King Institute of Preventive Medicine Micro-Biological Section reports 1912-19
Year: 1912
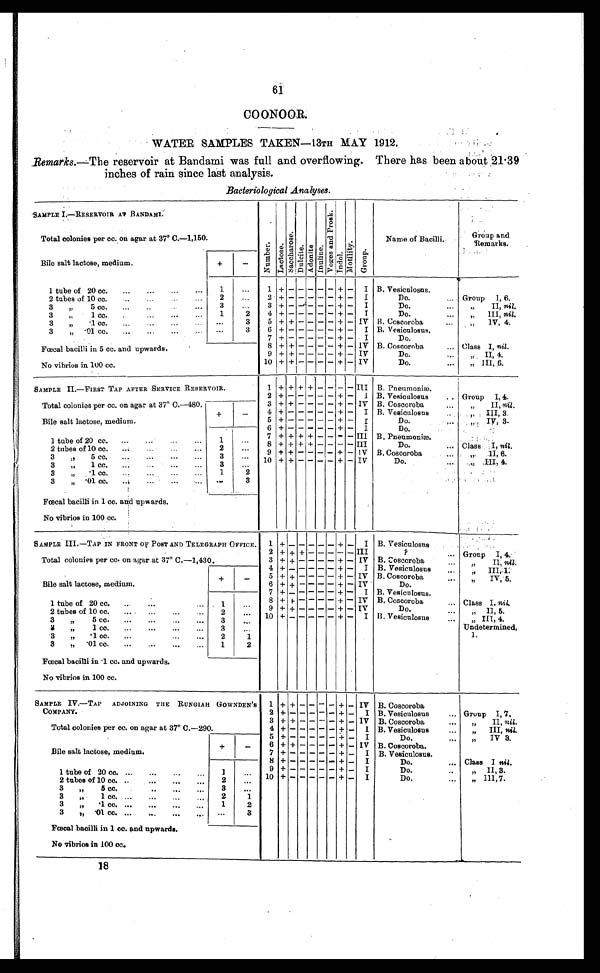
61
COONOOR.
WATER SAMPLES TAKEN—13TH MAY 1912.
Remarks.—The reservoir at Bandami was full and overflowing. There has been about 21.39
inches of rain since last analysis.
Bacteriological Analyses.
S AMP L E I . —R E S E R VOI R AT BANDAMI .
N u m b e r . L a c t o s e .
S a c c h a r o s e .
Du l c i t e .
Adoni t e I n u l i n e . V o g e s a n d P r o s k . I n d o l .
Mo t i l i t y .
Gr oup.
Name of Bacilli.
Group a n d
Remarks.
Total colonies per cc. on agar at 37° C.—1,150.
Bi l e s a l t l a c t o s e , me d i u m.
+ -
1 tube of 20 cc. ... ... ..
1
. . . 1 + - - - - + - I B. Vesiculosus.
2 + - - - - - + - I
Do.
... Group I, 6.
2 tubes of 10 cc. . . .
2 ... 3 + - - - - - + - I
Do.
...
II, nil.
3 „ 5 cc. .
..
... 3 ... 4 + - - - - - + - I
Do.
III, n i l .
3 „ 1 cc. ... ... .
1
2 5 + + - - - - + - IV B. Coscoroba
...
IV, 4.
3 „ .1 cc. ... .. ...
...
3 6 + - - - - - + - I B. Vesiculosus.
3"
.01 cc. ... ... ...
...
3 7 + + - - - - + - I
Do.
8 + + - - - - + - IV B. Coscoroba
... Class I, nil.
Foe c a l ba c i l l i i n 5 c c . a nd upwa r ds .
9 ++ - - - - + - IV
Do.
" I I
, 4 .
cc.
No v ib
100
in
os
ri
cc
10 + + - - - - + - IV
Do.
... „ III, 6.
SAMPLE II.—FIRST TAP AFTER SERVICE RESERVOIR.
1 + +++- - - - III B. Pneumoniæ.
2 + - - - - - + - I B. Vesiculosus . Group I, 4.
Total colonies per cc. on agar at 37° C.—480.
3 + + - - - - + - IV B. Coscoroba
... ,, II, Nil.
4 + - - - - - + - I B. Vesiculosus ..
" III, 3.
+
-
Bile salt lactose, medium.
5 + - - - - - + - I
Do.
,, IV, 3.
6 + - - - - - +- I
Do.
1 tube of 20 cc. ... ... 1
7 + + + + - - - - III B. Pneumoniæ.
8 + + + + - - - - III
Do.
... Class I, nil.
2 tubes of 10 cc. ...
2 ... 9 + + - - - - + - IV B. Coscoroba
" II, 6.
3 ,, 5 cc. .. ... • ...
3
10 ++ - - - -
-
+ IV
D o .
„ III, 4.
3 " .1 cc.
3
3 ,, .1 cc.
1
2
3 „ .01 cc. ..
3
Foecal bacilli in 1 cc. and upwards.
No vibrios in 100 cc.
SAMPLE III.—TAP IN FRONT OF POST AND TELEGRAPH OFFICE. 1 + - - - - - + - I B. Vesiculosns
2 + + + - - - - - III
?
... Group I, 4.
Total colonies per cc. on agar at 37° C.-1,430.
3 + + - - - - + - IV B. Coscoroba
II, nil.
4 + - - - - - + - I B. Vesiculosus
" III, 1.
Bile salt lactose, medium.
+
- 5 + + - - - - + - IV B. Coscoroba
..,
IV, 5.
6 + + - - - - + - IV
Do.
7 + - - - - - + - I B. Vesiculosus.
1 tube of 20 cc.
1 ...
8 + + - - - - + - IV B. Coscoroba .. Class I, ni l .
9 + + - - - - + - IV
Do.
" I I , 5 .
2 tubes of 10 cc.
.. ..
2
10 + - - - - - + - I B. Vesiculosus ... „ III, 4.
Undetermined,
1.
3 „ 5 cc. ... ... .. ... 3
3 „ 1 cc. ... ... ... ...
3 ...
3 „ .1 cc. ...
2
1
3 ,, .01 cc. ... ...
1
2
Foecal bacilli in .1 cc. and upwards.
No vibrios in 100 cc.
SAMPLE IV.—TAP ADJOINING THE RUNGIAH GOWNDEN' s
COMPANY.
1 + + - - - - + - IV B. Coscoroba
2 + - - - - - + - I B. Vesiculosus ... Group I, 7.
3 + + - - - - + - IV B. Coscoroba
... „ II, nil.
Total colonies per cc. on agar at 37° C.—290.
4 + - - - - - + - I B. Vesiculosus
... „ III, nil.
Bile salt lactose, medium.
+
—
5 + - - - - - + - I
Do.
" IV 3.
6 + + - - - - + - IV B. Coscoroba.
7 + - - - - - + - I B. Vesiculosus.
8 +
- - - - - + - I
Do. ...
Class I nil.
1 tube of 20 cc. ... ...
1
. . . 9 + - - - - - + - I
Do.
..
" II, 3.
10 +
- - - - -
+ - I
Do.
" III, 7
.
2 tubes of 10 cc.
3 " 5 cc. ...
3
..
3 " 1 cc. ... ... ...
2
1
3 „ .1 cc. ... ... ...
1
2
3 ,, .01 cc. ... ..
...
3
Foecal bacilli in 1 cc. and upwards.
No vibrios in 100 cc.
18